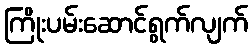
ကြိုးပမ်းဆောင်ရွက်လျက်